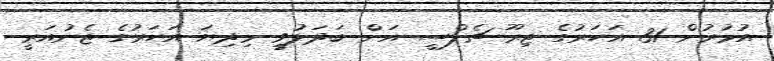
އުމުރުން 31 އަހަރުގެ ޖިރޫ ޗެލްސީ އަށް ބަދަލުވީ މިދިޔަ އަހަރުގެ ޖެނުއަރީ